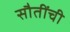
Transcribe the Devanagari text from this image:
सौतींची